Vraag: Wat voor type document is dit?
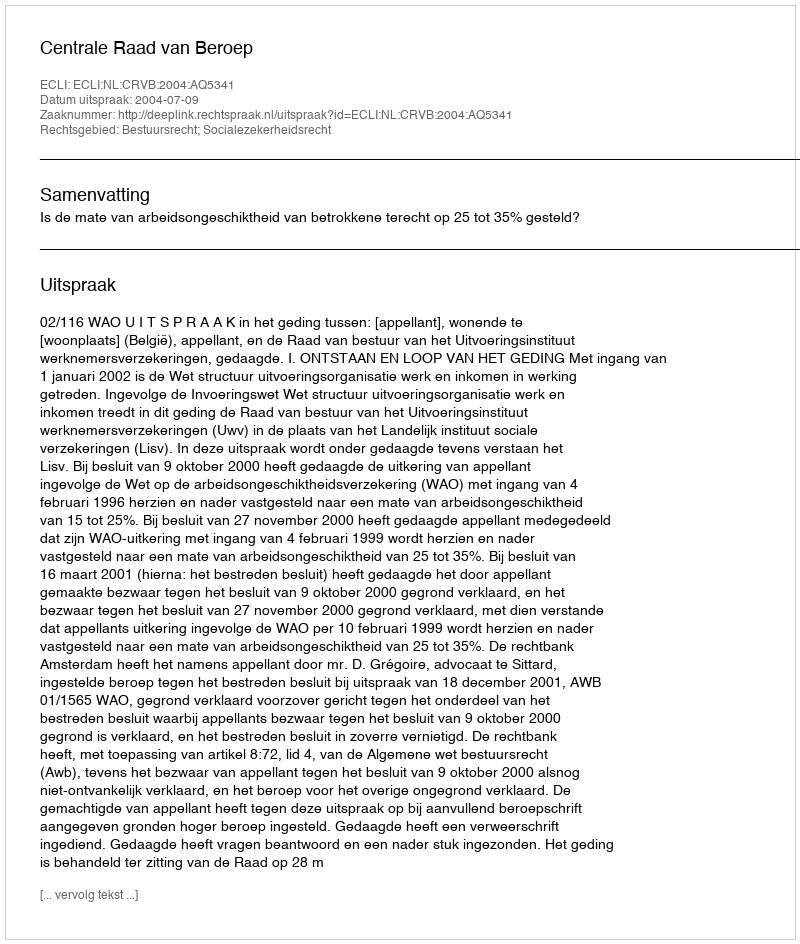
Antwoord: Uitspraak